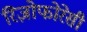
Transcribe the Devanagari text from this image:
रिज़ोफोरेसी